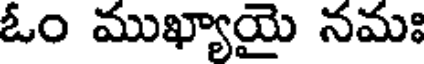
ఓం ముఖ్యాయై నమః